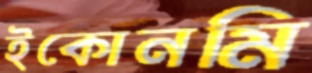
ইকোনমি